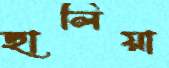
ছালিয়া